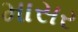
માસર